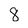
Character: 8